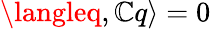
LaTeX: \langleq,\mathbb{C}q\rangle=0